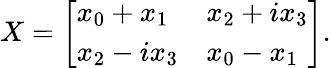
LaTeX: X={\left[\begin{array}{ll}{x_{0}+x_{1}}&{x_{2}+ix_{3}}\\ {x_{2}-ix_{3}}&{x_{0}-x_{1}}\end{array}\right]}.